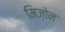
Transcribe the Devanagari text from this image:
मिज़ोन